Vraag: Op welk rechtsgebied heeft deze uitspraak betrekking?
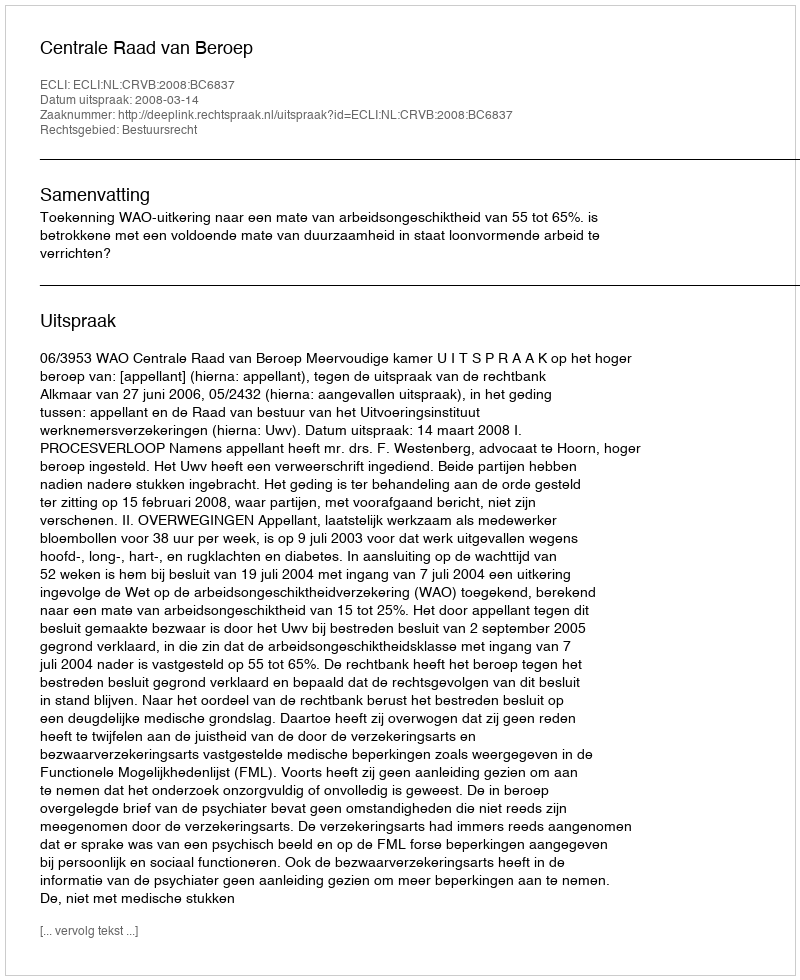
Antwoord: Bestuursrecht